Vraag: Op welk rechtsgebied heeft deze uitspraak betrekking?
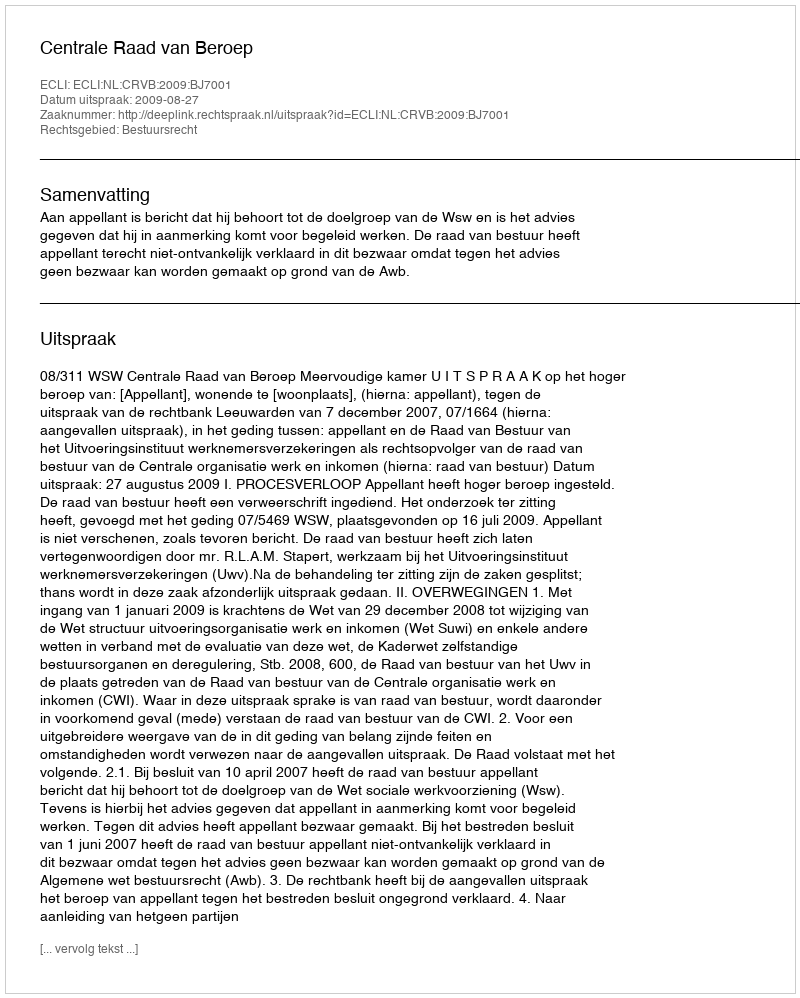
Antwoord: Bestuursrecht